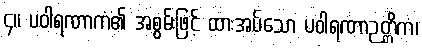
၄။ ပဝါရဏာကံ၏ အစွမ်းဖြင့် ထားအပ်သော ပဝါရဏာဉတ္တိကံ၊